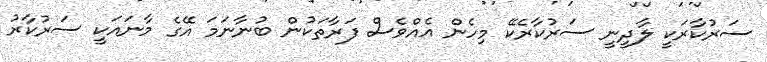
ސަރުކާރަކީ ލާދީނީ ސަރުކާރެކޭ މިހެން އެއްވެސް ފަރާތަކުން ބުނާނަމަ އޭގެ މާނައަކީ ސަރުކާރު